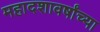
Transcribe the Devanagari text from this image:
महादशावर्षांच्या